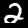
Digit: 2